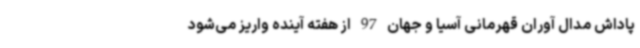
پاداش مدال آوران قهرمانی آسیا و جهان 97 از هفته آینده واریز می‌شود